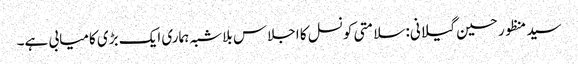
سید منظور حسین گیلانی: سلامتی کونسل کا اجلاس بلاشبہ ہماری ایک بڑی کامیابی ہے۔